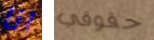
انا حقوقي